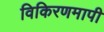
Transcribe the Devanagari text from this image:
विकिरणमापी